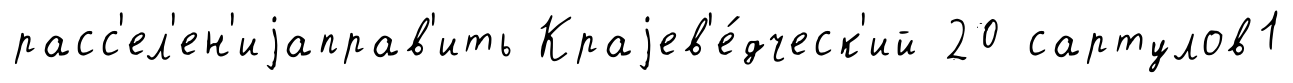
расс'ел'ен'иjаправ'ить Краjев'е́дческ'ий 20 сартулов1